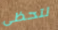
لتحظى